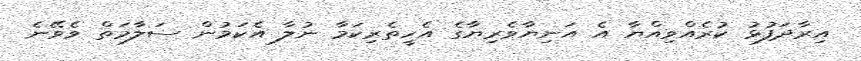
އިރާދަފުޅު ކުރެއްވިއްޔާ އެ އަނިޔާވެރިޔާގެ އެހީތެރިކަމާ ނުލާ އެކަމުން ސަލާމަތް ވެވޭނެ